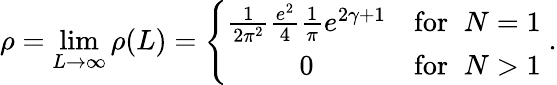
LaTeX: \rho=\operatorname*{lim}_{L\rightarrow\infty}\rho(L)=\left\{ \begin{array}{cr}{{\frac{1}{2\pi^{2}}\frac{e^{2}}{4}\frac{1}{\pi}e^{2\gamma+1}}}&{{\mathrm{for}\; \; N=1}}\\ {{0}}&{{\mathrm{for}\; \; N>1}}\end{array}\right.\; .